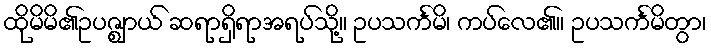
ထိုမိမိ၏ဥပဇ္ဈာယ် ဆရာရှိရာအရပ်သို့။ ဥပသင်္ကမိ၊ ကပ်လေ၏။ ဥပသင်္ကမိတွာ၊